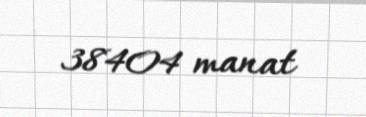
38404 manat